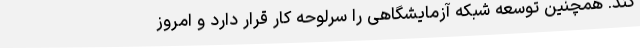
کند. همچنین توسعه شبکه آزمایشگاهی را سرلوحه کار قرار دارد و امروز